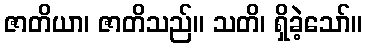
ဇာတိယာ၊ ဇာတိသည်။ သတိ၊ ရှိခဲ့သော်။